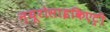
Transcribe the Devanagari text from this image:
न्यूरोसाइकिएट्री